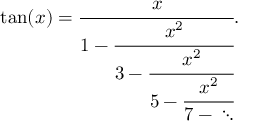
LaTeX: \tan ( x ) = { \cfrac { x } { 1 - { \cfrac { x ^ { 2 } } { 3 - { \cfrac { x ^ { 2 } } { 5 - { \cfrac { x ^ { 2 } } { 7 - { } \ddots } } } } } } } } .